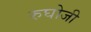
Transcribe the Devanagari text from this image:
रुघोजी